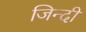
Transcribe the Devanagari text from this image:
जिन्दी